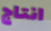
انتاج